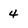
Character: 4